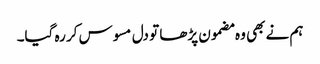
ہم نے بھی وہ مضمون پڑھا تو دل مسوس کر رہ گیا۔